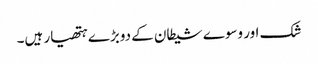
شک اور وسوے شیطان کے دوبڑے ہتھیار ہیں۔